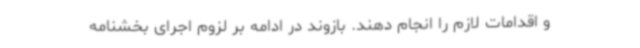
و اقدامات لازم را انجام دهند. بازوند در ادامه بر لزوم اجرای بخشنامه